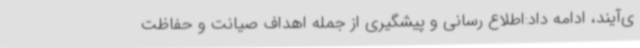
ی‌آیند، ادامه داد:اطلاع رسانی و پیشگیری از جمله اهداف صیانت و حفاظت